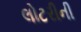
લોટરીની